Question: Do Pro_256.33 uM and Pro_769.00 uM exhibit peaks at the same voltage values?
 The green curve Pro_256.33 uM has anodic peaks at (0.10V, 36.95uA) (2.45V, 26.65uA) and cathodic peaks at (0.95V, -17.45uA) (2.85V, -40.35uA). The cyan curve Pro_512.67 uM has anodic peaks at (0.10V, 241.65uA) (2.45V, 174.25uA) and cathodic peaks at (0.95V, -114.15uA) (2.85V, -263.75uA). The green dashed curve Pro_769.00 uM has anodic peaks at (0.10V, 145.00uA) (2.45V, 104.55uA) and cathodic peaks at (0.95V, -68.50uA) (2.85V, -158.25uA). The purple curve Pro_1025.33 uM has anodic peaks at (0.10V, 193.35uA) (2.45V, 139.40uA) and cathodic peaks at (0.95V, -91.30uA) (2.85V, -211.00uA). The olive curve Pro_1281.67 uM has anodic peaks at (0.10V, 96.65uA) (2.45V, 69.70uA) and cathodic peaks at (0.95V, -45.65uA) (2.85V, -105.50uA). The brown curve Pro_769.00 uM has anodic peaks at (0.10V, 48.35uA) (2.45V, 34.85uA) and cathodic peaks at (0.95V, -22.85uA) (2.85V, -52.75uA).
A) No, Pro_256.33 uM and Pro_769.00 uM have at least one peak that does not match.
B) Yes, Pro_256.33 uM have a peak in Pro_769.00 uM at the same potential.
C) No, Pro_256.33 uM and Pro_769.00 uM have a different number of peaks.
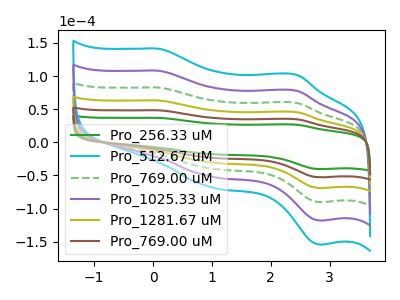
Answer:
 <answer>B) Yes, "Pro_256.33 uM" have a peak in "Pro_769.00 uM" at the same potential.</answer>
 <eval>B</eval>